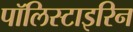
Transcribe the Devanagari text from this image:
पॉलिस्टाइरिन